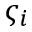
\varsigma _ { i }